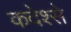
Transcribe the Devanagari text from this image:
कदेश्से